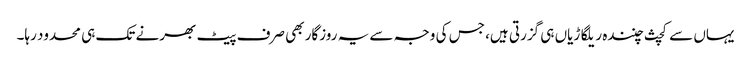
یہاں سے کچث چنندہ ریلگاڑیاں ہی گزرتی ہیں، جس کی وجہ سے یہ روزگار بھی صرف پیٹ بھرنے تک ہی محدود رہا۔